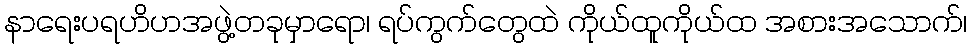
နာရေးပရဟိဟအဖွဲ့တခုမှာရော၊ ရပ်ကွက်တွေထဲ ကိုယ်ထူကိုယ်ထ အစားအသောက်၊